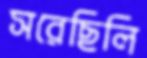
সরেছিলি